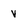
Character: v